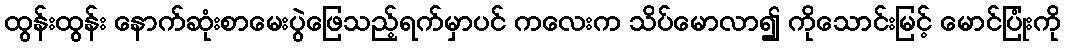
ထွန်းထွန်း နောက်ဆုံးစာမေးပွဲဖြေသည့်ရက်မှာပင် ကလေးက သိပ်မောလာ၍ ကိုသောင်းမြင့် မောင်ပြုံးကို